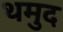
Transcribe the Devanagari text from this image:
थमुद